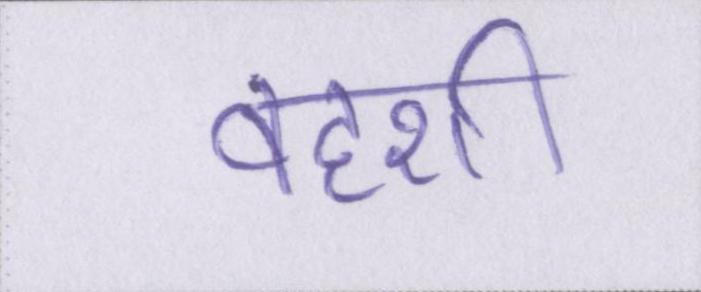
वहशी